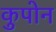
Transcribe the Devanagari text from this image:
कुपोन